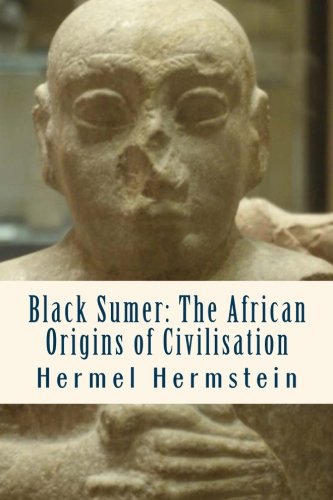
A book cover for Black Sumer: The African Origins of Civilisation; Hermel Hermstein; History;